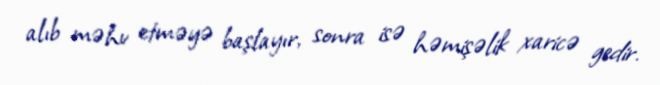
alıb məhv etməyə başlayır, sonra isə həmişəlik xaricə gedir.